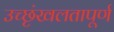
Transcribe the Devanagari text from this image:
उच्छृंखलतापूर्ण